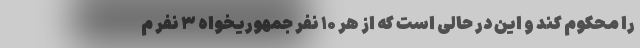
را محکوم کند و این در حالی است که از هر ۱۰ نفر جمهوریخواه ۳ نفر م